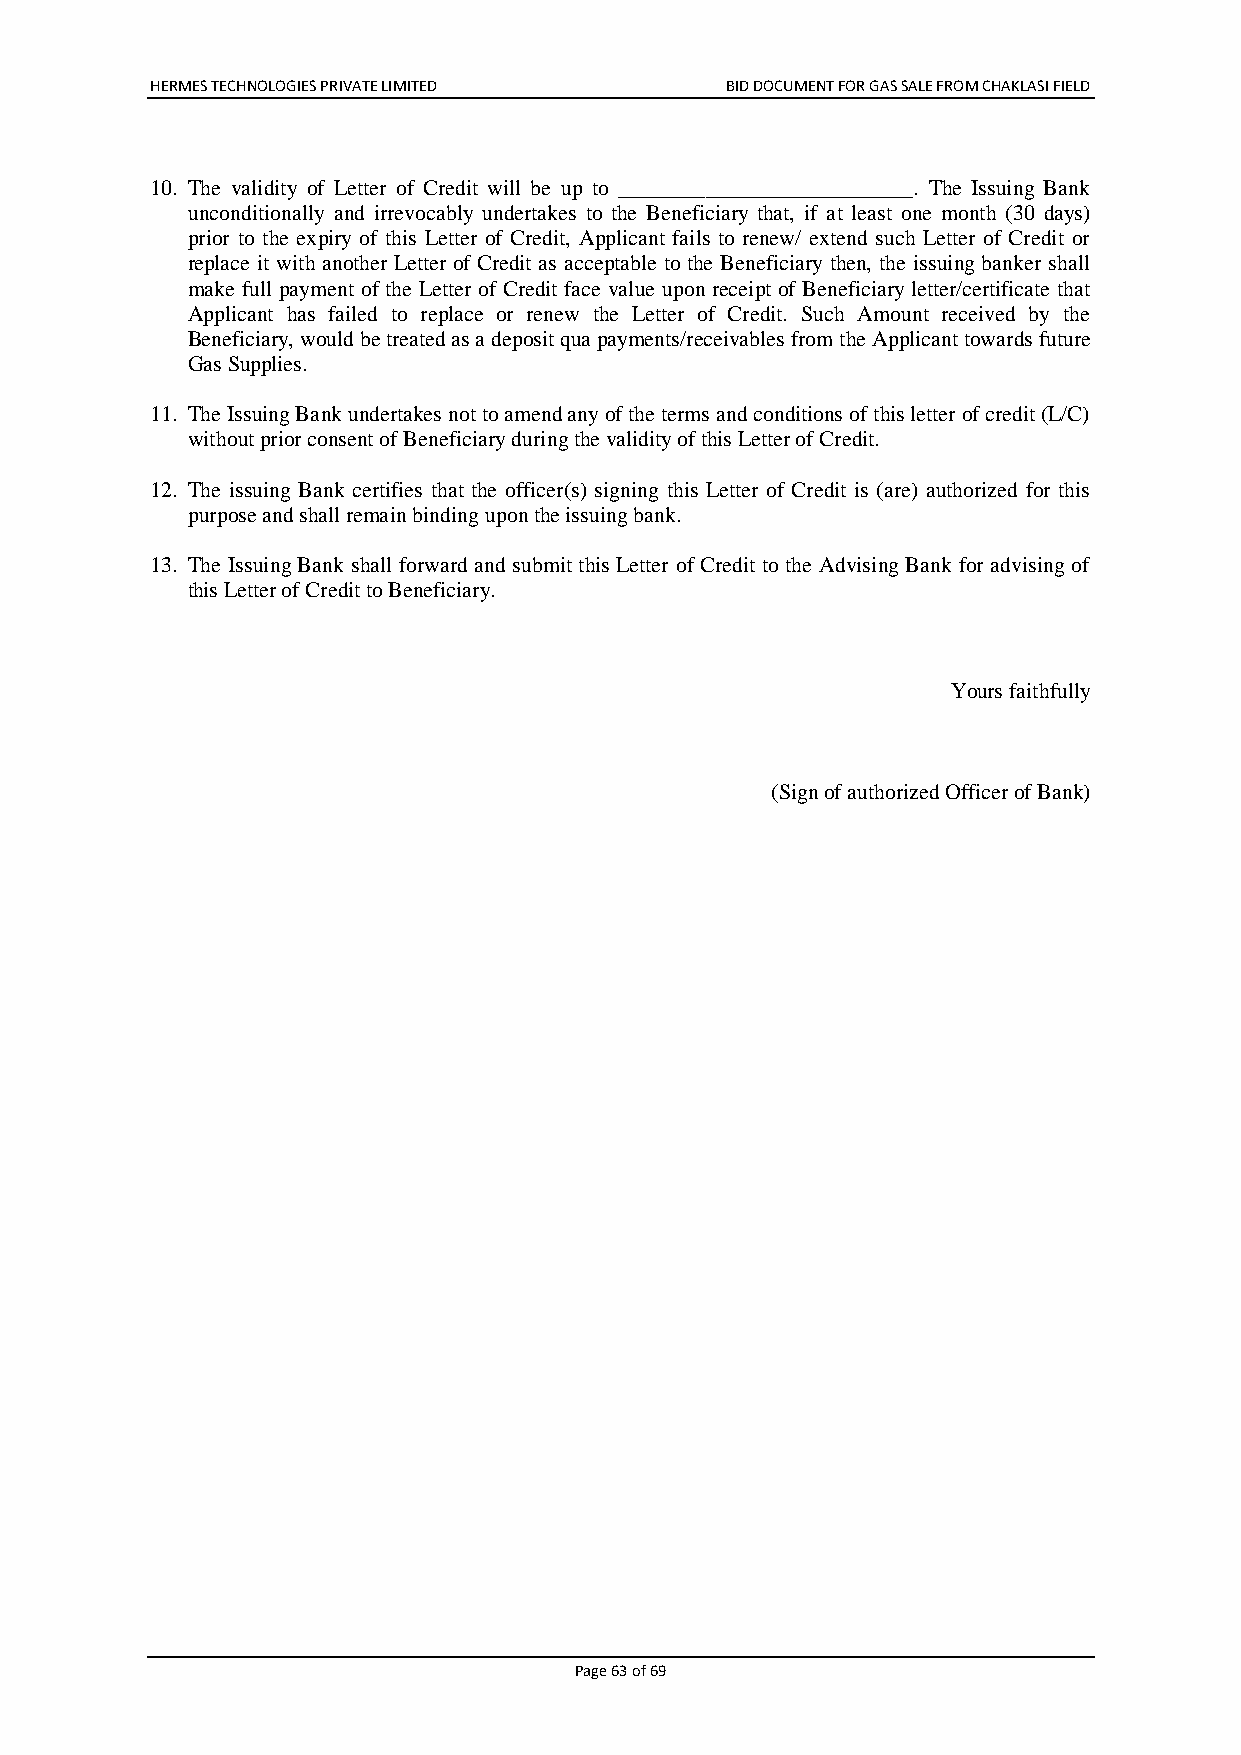
HERMES TECHNOLOGIES PRIVATE LIMITED   BID DOCUMENT FOR GAS SALE FROM CHAKLASI FIELD
 10. The validity of Letter of Credit will be up to ___________________________. The Issuing Bank
 unconditionally and irrevocably undertakes to the Beneficiary that, if at least one month (30 days)
 prior to the expiry of this Letter of Credit, Applicant fails to renew/ extend such Letter of Credit or
 replace it with another Letter of Credit as acceptable to the Beneficiary then, the issuing banker shall
 make full payment of the Letter of Credit face value upon receipt of Beneficiary letter/certificate that
 Applicant has failed to replace or renew the Letter of Credit. Such Amount received by the
 Beneficiary, would be treated as a deposit qua payments/receivables from the Applicant towards future
 Gas Supplies.
 11. The Issuing Bank undertakes not to amend any of the terms and conditions of this letter of credit (L/C)
 without prior consent of Beneficiary during the validity of this Letter of Credit.
 12. The issuing Bank certifies that the officer(s) signing this Letter of Credit is (are) authorized for this
 purpose and shall remain binding upon the issuing bank.
 13. The Issuing Bank shall forward and submit this Letter of Credit to the Advising Bank for advising of
 this Letter of Credit to Beneficiary.
 Yours faithfully
 (Sign of authorized Officer of Bank)
 Page 63 of 69